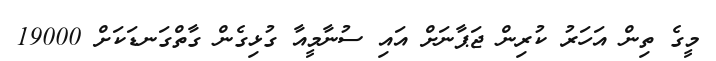
މީގެ ތިން އަހަރު ކުރިން ޖަޕާނަށް އައި ސުނާމީއާ ގުޅިގެން ގާތްގަނޑަކަށް 19000